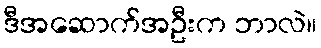
ဒီအဆောက်အဦးက ဘာလဲ။